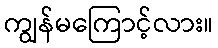
ကျွန်မကြောင့်လား။